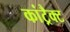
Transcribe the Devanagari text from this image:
कांट्रैक्ट